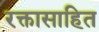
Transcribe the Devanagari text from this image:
रक्तासाहित